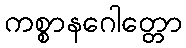
ကစ္စာနဂေါတ္တော